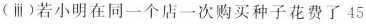
(ⅲ)若小明在同一个店一次购买种子花费了45